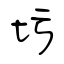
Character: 圬